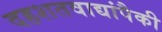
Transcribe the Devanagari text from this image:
दहशतवाद्यांपैकी